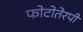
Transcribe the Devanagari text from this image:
फोटोतेरपी